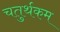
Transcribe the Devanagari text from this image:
चतुर्थकम